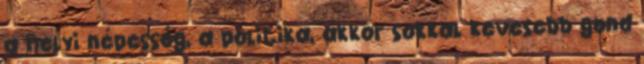
a helyi népesség, a politika, akkor sokkal kevesebb gond